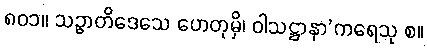
၈၀၁။ သဉ္ဇာတိဒေသေ ဟေတုမှိ၊ ဝါသဋ္ဌာနာ’ကရေသု စ။